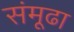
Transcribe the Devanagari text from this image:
संमूढा